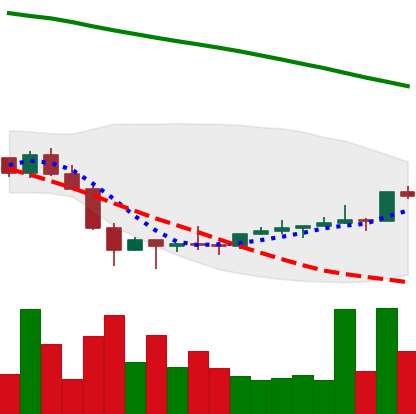
Ticker: NEO-USD
Chart end date: 2022-02-05
Forward return: 7.662%
Label: up_7plus